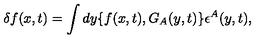
\delta f ( x , t ) = \int d y \{ f ( x , t ) , G _ { A } ( y , t ) \} \epsilon ^ { A } ( y , t ) ,